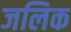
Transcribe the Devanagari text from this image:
जलिक